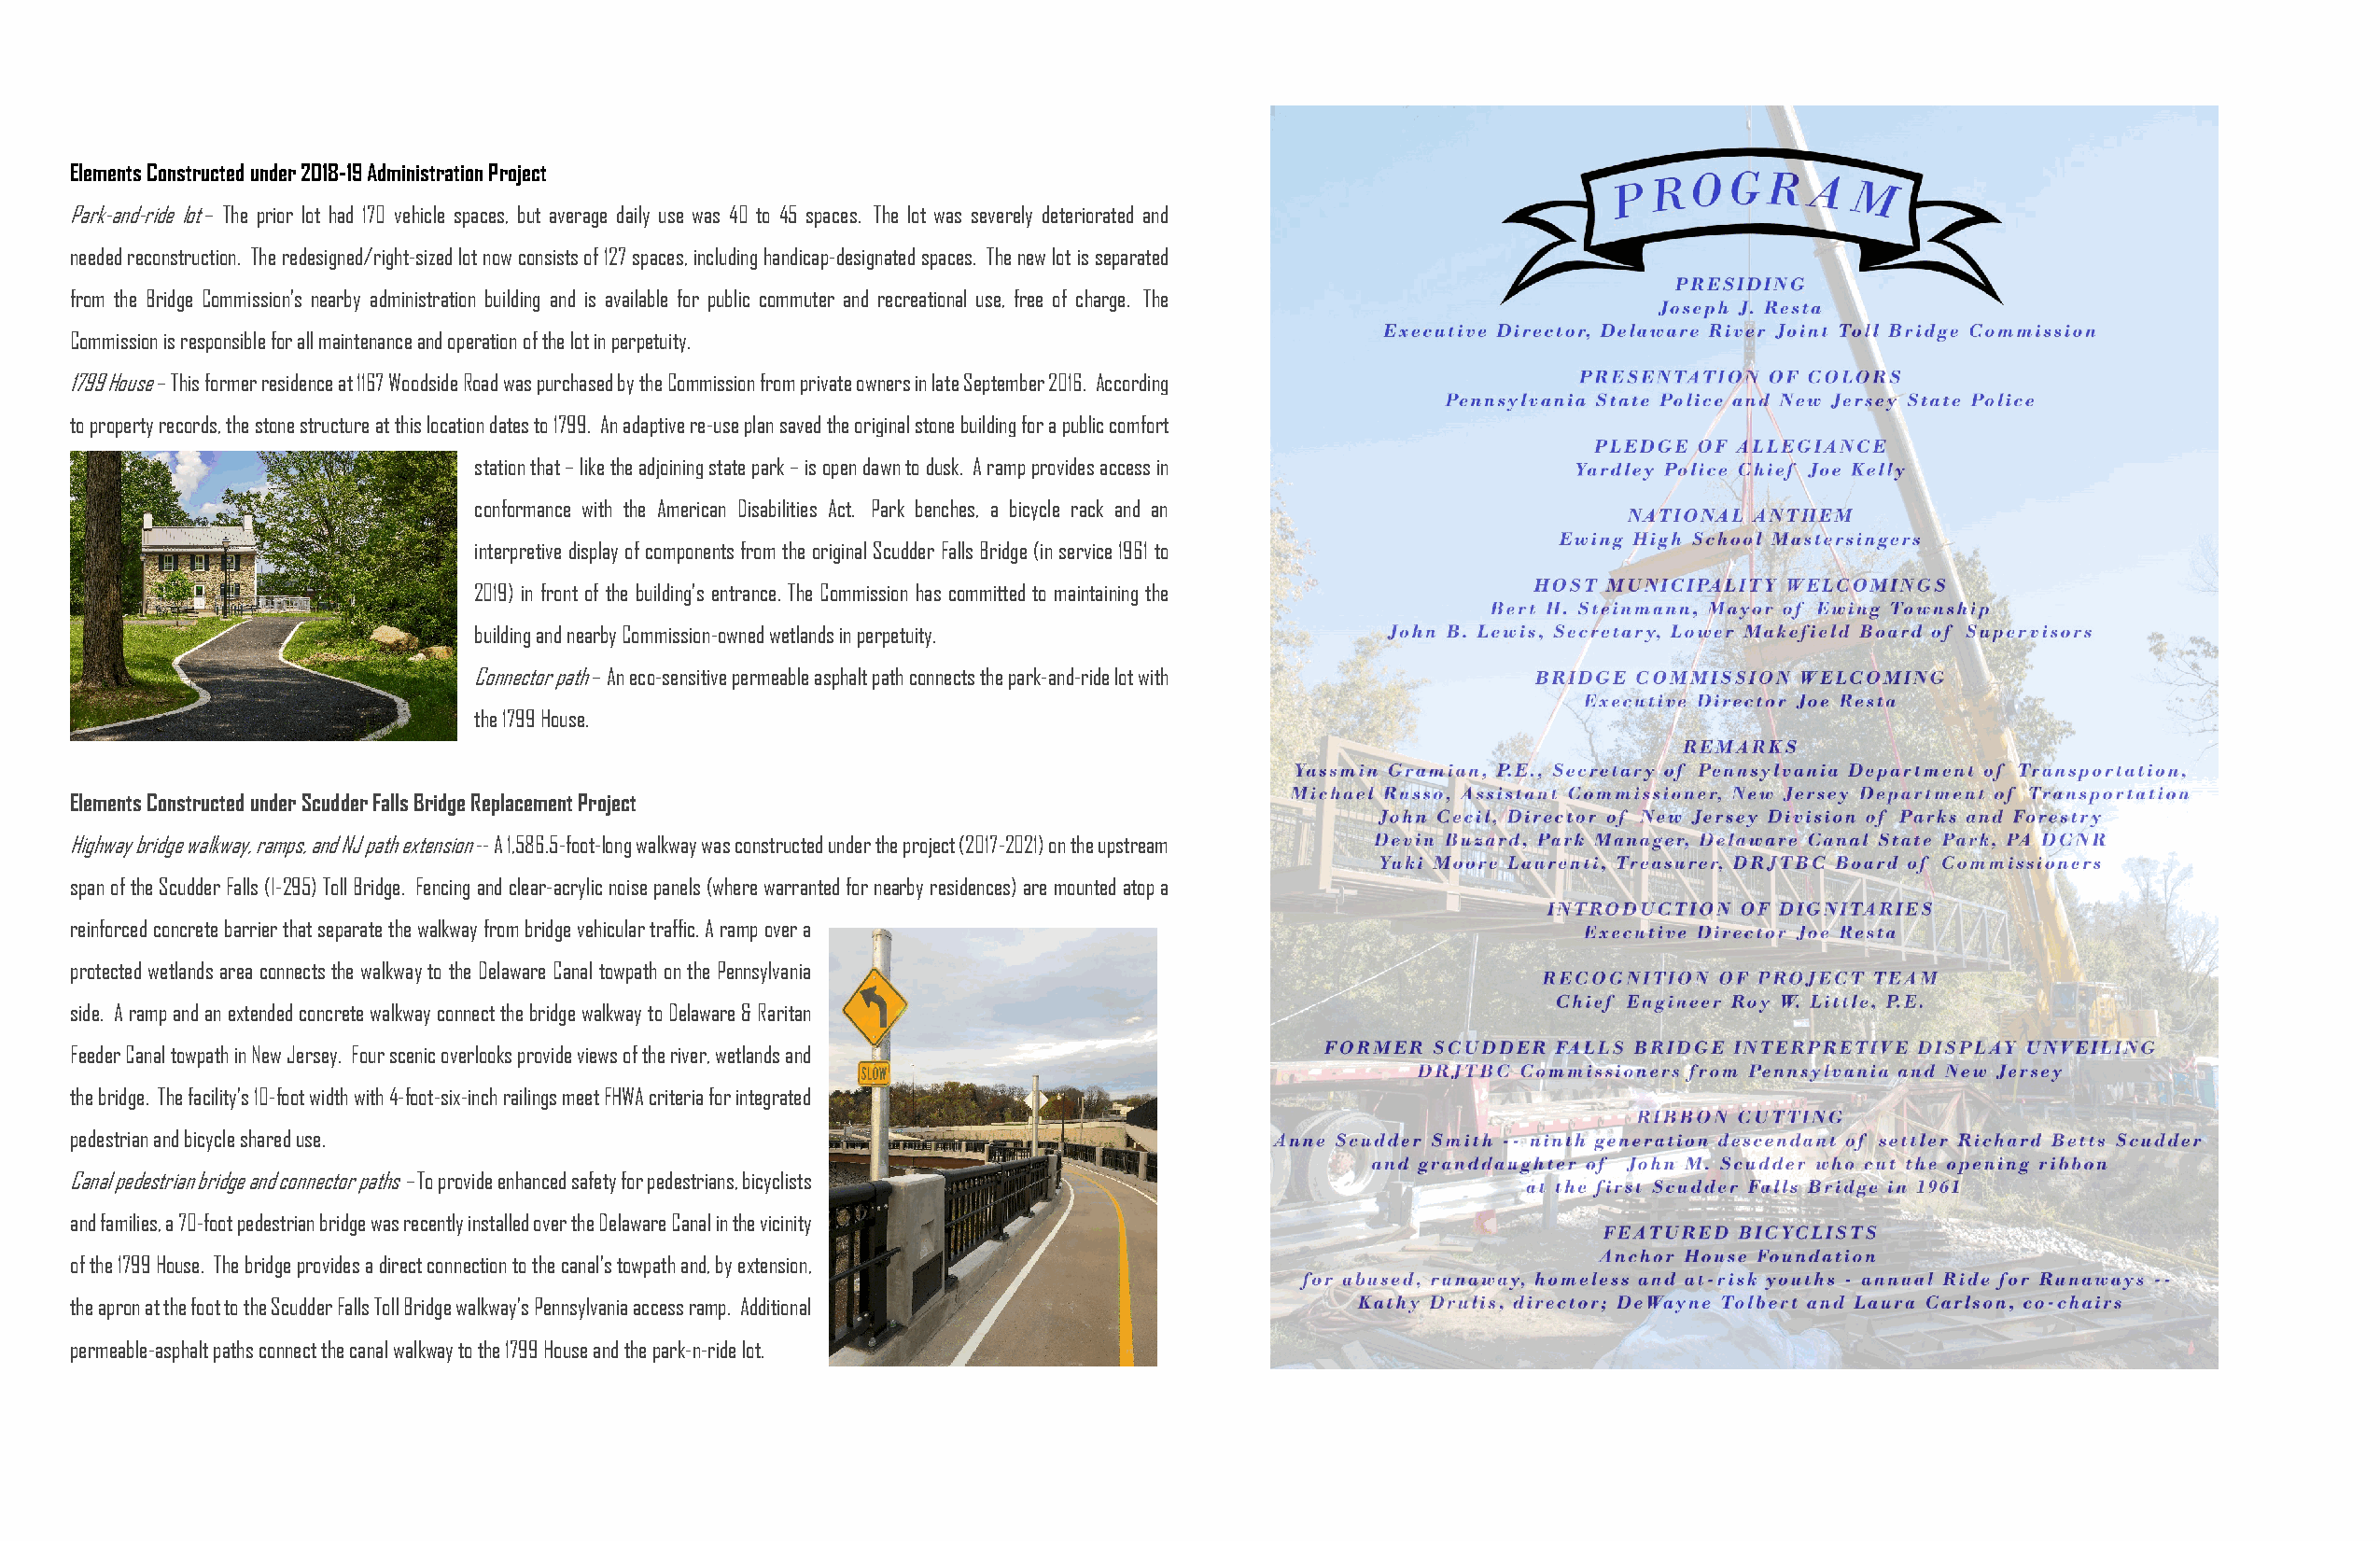
Elements Constructed under 2018-19 Administration Project
 Park-and-ride lot – The prior lot had 170 vehicle spaces, but average daily use was 40 to 45 spaces. The lot was severely deteriorated and
 needed reconstruction. The redesigned/right-sized lot now consists of 127 spaces, including handicap-designated spaces. The new lot is separated
 from the Bridge Commission’s nearby administration building and is available for public commuter and recreational use, free of charge. The
 Commission is responsible for all maintenance and operation of the lot in perpetuity.
 1799 House – This former residence at 1167 Woodside Road was purchased by the Commission from private owners in late September 2016. According
 to property records, the stone structure at this location dates to 1799. An adaptive re-use plan saved the original stone building for a public comfort
 station that – like the adjoining state park – is open dawn to dusk. A ramp provides access in
 conformance with the American Disabilities Act. Park benches, a bicycle rack and an
 interpretive display of components from the original Scudder Falls Bridge (in service 1961 to
 2019) in front of the building’s entrance. The Commission has committed to maintaining the
 building and nearby Commission-owned wetlands in perpetuity.
 Connector path – An eco-sensitive permeable asphalt path connects the park-and-ride lot with
 the 1799 House.
 Elements Constructed under Scudder Falls Bridge Replacement Project
 Highway bridge walkway, ramps, and NJ path extension -- A 1,586.5-foot-long walkway was constructed under the project (2017-2021) on the upstream
 span of the Scudder Falls (I-295) Toll Bridge. Fencing and clear-acrylic noise panels (where warranted for nearby residences) are mounted atop a
 reinforced concrete barrier that separate the walkway from bridge vehicular traffic. A ramp over a
 protected wetlands area connects the walkway to the Delaware Canal towpath on the Pennsylvania
 side. A ramp and an extended concrete walkway connect the bridge walkway to Delaware & Raritan
 Feeder Canal towpath in New Jersey. Four scenic overlooks provide views of the river, wetlands and
 the bridge. The facility’s 10-foot width with 4-foot-six-inch railings meet FHWA criteria for integrated
 pedestrian and bicycle shared use.
 Canal pedestrian bridge and connector paths – To provide enhanced safety for pedestrians, bicyclists
 and families, a 70-foot pedestrian bridge was recently installed over the Delaware Canal in the vicinity
 of the 1799 House. The bridge provides a direct connection to the canal’s towpath and, by extension,
 the apron at the foot to the Scudder Falls Toll Bridge walkway’s Pennsylvania access ramp. Additional
 permeable-asphalt paths connect the canal walkway to the 1799 House and the park-n-ride lot.